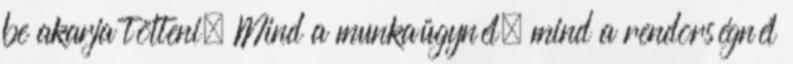
be akarja tölteni. Mind a munkaügynél, mind a rendõrségnél